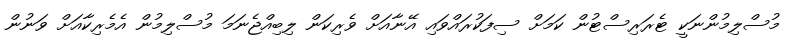
މުސްލިމުންނަކީ ޓެރަރިސްޓުން ކަމަށް ސިފަކުރައްވައި އޭނާއަށް ވެރިކަން ލިބިއްޖެނަމަ މުސްލިމުން އެމެރިކާއަށް ވަނުން